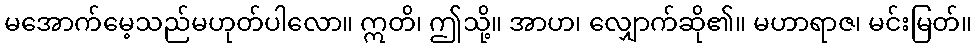
မအောက်မေ့သည်မဟုတ်ပါလော။ ဣတိ၊ ဤသို့။ အာဟ၊ လျှောက်ဆို၏။ မဟာရာဇ၊ မင်းမြတ်။